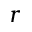
r